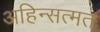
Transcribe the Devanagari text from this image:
अहिन्सत्मत